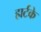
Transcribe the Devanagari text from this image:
हार्टके